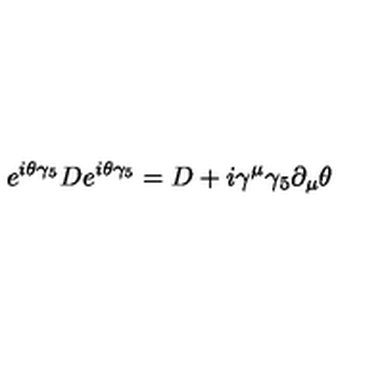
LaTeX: e ^ { i \theta \gamma _ { 5 } } D e ^ { i \theta \gamma _ { 5 } } = D + i \gamma ^ { \mu } \gamma _ { 5 } \partial _ { \mu } \theta